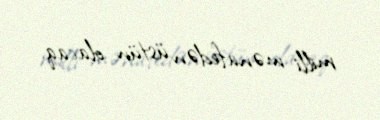
milli mənafedən üstün olacaq.